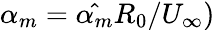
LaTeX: \alpha_{m}=\hat{\alpha_{m}}R_{0}/U_{\infty})